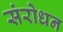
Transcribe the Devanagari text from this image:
संरोधन